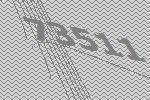
73511